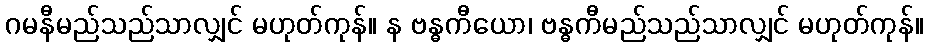
ဂမနီမည်သည်သာလျှင် မဟုတ်ကုန်။ န ဗန္ဓကီယော၊ ဗန္ဓကီမည်သည်သာလျှင် မဟုတ်ကုန်။